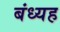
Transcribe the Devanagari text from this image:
बंध्यह